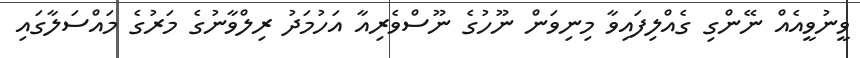
ވީނުވީއެއް ނޭންގި ގެއްލިފައިވާ މިނިވަން ނޫހުގެ ނޫސްވެރިއާ އަހުމަދު ރިލްވާނުގެ މަރުގެ މައްސަލާގައި